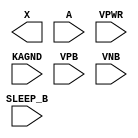
module sky130_fd_sc_lp__iso1n (
    X      ,
    A      ,
    SLEEP_B,
    VPWR   ,
    KAGND  ,
    VPB    ,
    VNB
);

    output X      ;
    input  A      ;
    input  SLEEP_B;
    input  VPWR   ;
    input  KAGND  ;
    input  VPB    ;
    input  VNB    ;
endmodule